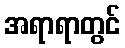
အရာရာတွင်